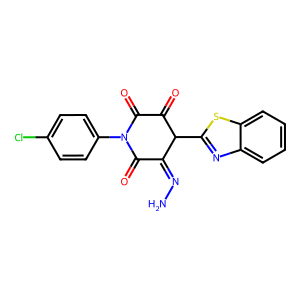
SMILES: NN=C1C(=O)N(c2ccc(Cl)cc2)C(=O)C(=O)C1c1nc2ccccc2s1
Inhibits HIV replication: No